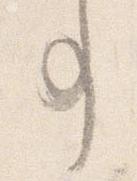
事